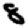
Digit: 8